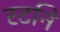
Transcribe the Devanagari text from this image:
रटनि